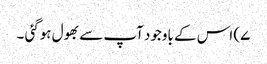
۷) اس کے باوجود آپ سے بھول ہوگئی ۔